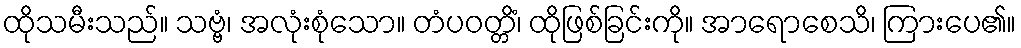
ထိုသမီးသည်။ သဗ္ဗံ၊ အလုံးစုံသော။ တံပဝတ္တိံ၊ ထိုဖြစ်ခြင်းကို။ အာရောစေသိ၊ ကြားပေ၏။